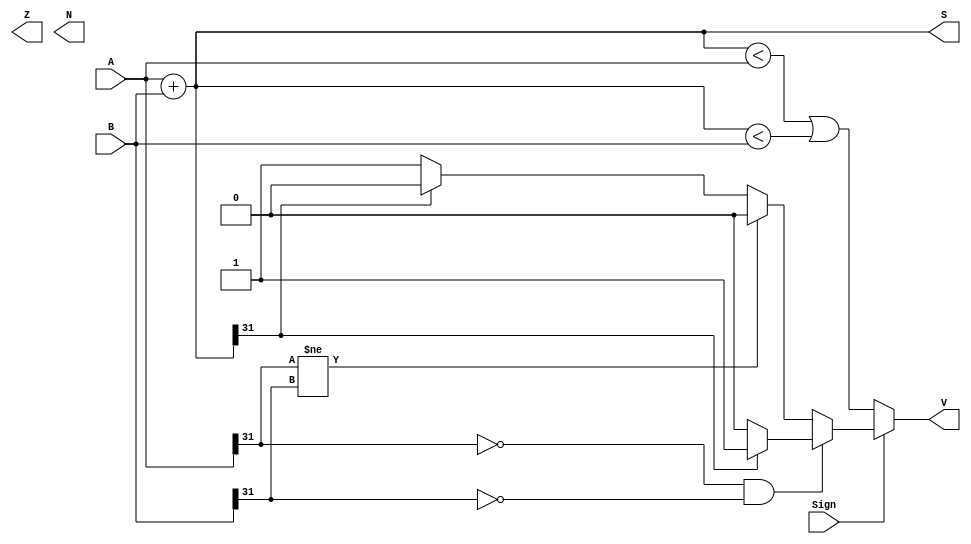
`timescale 1ns / 1ps

module ADD(A,B,Sign,S,Z,V,N);

    input [31:0] A;
    input [31:0] B;
    input Sign;

    output reg [31:0] S;
    output reg Z;
    output reg V;
    output reg N;

    reg [31:0] tempA,tempB;
    
  //  add adder(.a(A),.b(B),.s(S),.cin(1'b0));

    always@(*)
    begin
        S = A + B;
        if (~Sign)
        begin
            V = ((S < A) || (S < B));
        end
        else
        begin
            if ((A[31] == 0) && (B[31] == 0))
            begin
                if (S[31] == 1) 
					 begin
					    V = 1;
					 end
                else 
					 begin
					    V = 0;
					 end
            end
            else if (A[31] != B[31])
            begin
                V = 0;
            end
            else
            begin
                if (S[31] == 0)
                begin
                    V = 1;
                end
                else
                begin
                    V = 0;
                end
            end
        end
    end
endmodule

module ADD_BACKUP(A,B,Sign,S,V);

    input [31:0] A;
    input [31:0] B;
    input Sign;

    output [31:0] S;
    output reg V;

    reg [31:0] tempA,tempB;
    
    add adder(.a(A),.b(B),.s(S),.cin(1'b0));

    always@(*)
    begin
        if (~Sign)
        begin
            if ((S < A) || (S < B)) V = 1;
            else V = 0;
        end
        else
        begin
            if ((A[31] == 0) && (B[31] == 0))
            begin
                if (S[31] == 1) 
					 begin
					    V = 1;
					 end
                else 
					 begin
					    V = 0;
					 end
            end
            else if (A[31] != B[31])
            begin
                V = 0;
            end
            else
            begin
                if (S[31] == 0) V = 1;
                else V = 0;
            end
        end
    end

endmodule

module adder4BitsSuper(a,b,s,cLow,cHigh);
	input [3:0] a,b;
	output [3:0] s;
	input cLow;
	output cHigh;
	
    wire[3:0] g;
	wire[3:0] p;
	wire[2:0] cin;

	and g0(g[0],a[0],b[0]);
	and g1(g[1],a[1],b[1]);
	and g2(g[2],a[2],b[2]);
	and g3(g[3],a[3],b[3]);

	xor p0(p[0],a[0],b[0]);
	xor p1(p[1],a[1],b[1]);
	xor p2(p[2],a[2],b[2]);
	xor p3(p[3],a[3],b[3]);

	and te0(t0,p[0],cLow);
    and te1(t1,p[1],cin[0]);
	and te2(t2,p[2],cin[1]);
	and te3(t3,p[3],cin[2]);

	or in0(cin[0],g[0],t0);
	or in1(cin[1],g[1],t1);
	or in2(cin[2],g[2],t2);
	or in3(cHigh,g[3],t3);

	xor us0(s[0],p[0],cLow);
	xor us1(s[1],p[1],cin[0]);
	xor us2(s[2],p[2],cin[1]);
	xor us3(s[3],p[3],cin[2]);

endmodule

module add(a,b,s,cin,chigh);
    input   [31:0] a;
    input   [31:0] b;
    input          cin;
    output  [31:0] s;
    output         chigh;

    adder4BitsSuper u0(.a(a[3:0]),.b(b[3:0]),.s(s[3:0]),.cLow(cin),.cHigh(c0));
    adder4BitsSuper u1(.a(a[7:4]),.b(b[7:4]),.s(s[7:4]),.cLow(c0),.cHigh(c1));
    adder4BitsSuper u2(.a(a[11:8]),.b(b[11:8]),.s(s[11:8]),.cLow(c1),.cHigh(c2));
    adder4BitsSuper u3(.a(a[15:12]),.b(b[15:12]),.s(s[15:12]),.cLow(c2),.cHigh(c3));
    adder4BitsSuper u4(.a(a[19:16]),.b(b[19:16]),.s(s[19:16]),.cLow(c3),.cHigh(c4));
    adder4BitsSuper u5(.a(a[23:20]),.b(b[23:20]),.s(s[23:20]),.cLow(c4),.cHigh(c5));
    adder4BitsSuper u6(.a(a[27:24]),.b(b[27:24]),.s(s[27:24]),.cLow(c5),.cHigh(c6));
    adder4BitsSuper u7(.a(a[31:28]),.b(b[31:28]),.s(s[31:28]),.cLow(c6),.cHigh(chigh));
endmodule